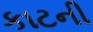
કાટની